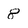
Character: 8